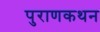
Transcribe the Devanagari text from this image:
पुराणकथन